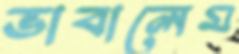
ভাবালেম